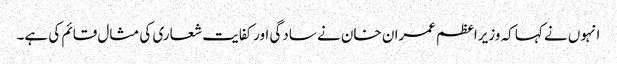
انہوں نے کہا کہ وزیراعظم عمران خان نے سادگی اورکفایت شعاری کی مثال قائم کی ہے۔